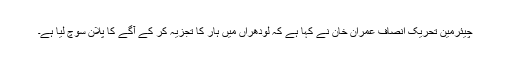
چیئرمین تحریک انصاف عمران خان نے کہا ہے کہ لودھراں میں ہار کا تجزیہ کر کے آگے کا پلان سوچ لیا ہے۔